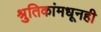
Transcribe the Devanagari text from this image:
श्रुतिकांमधूनही